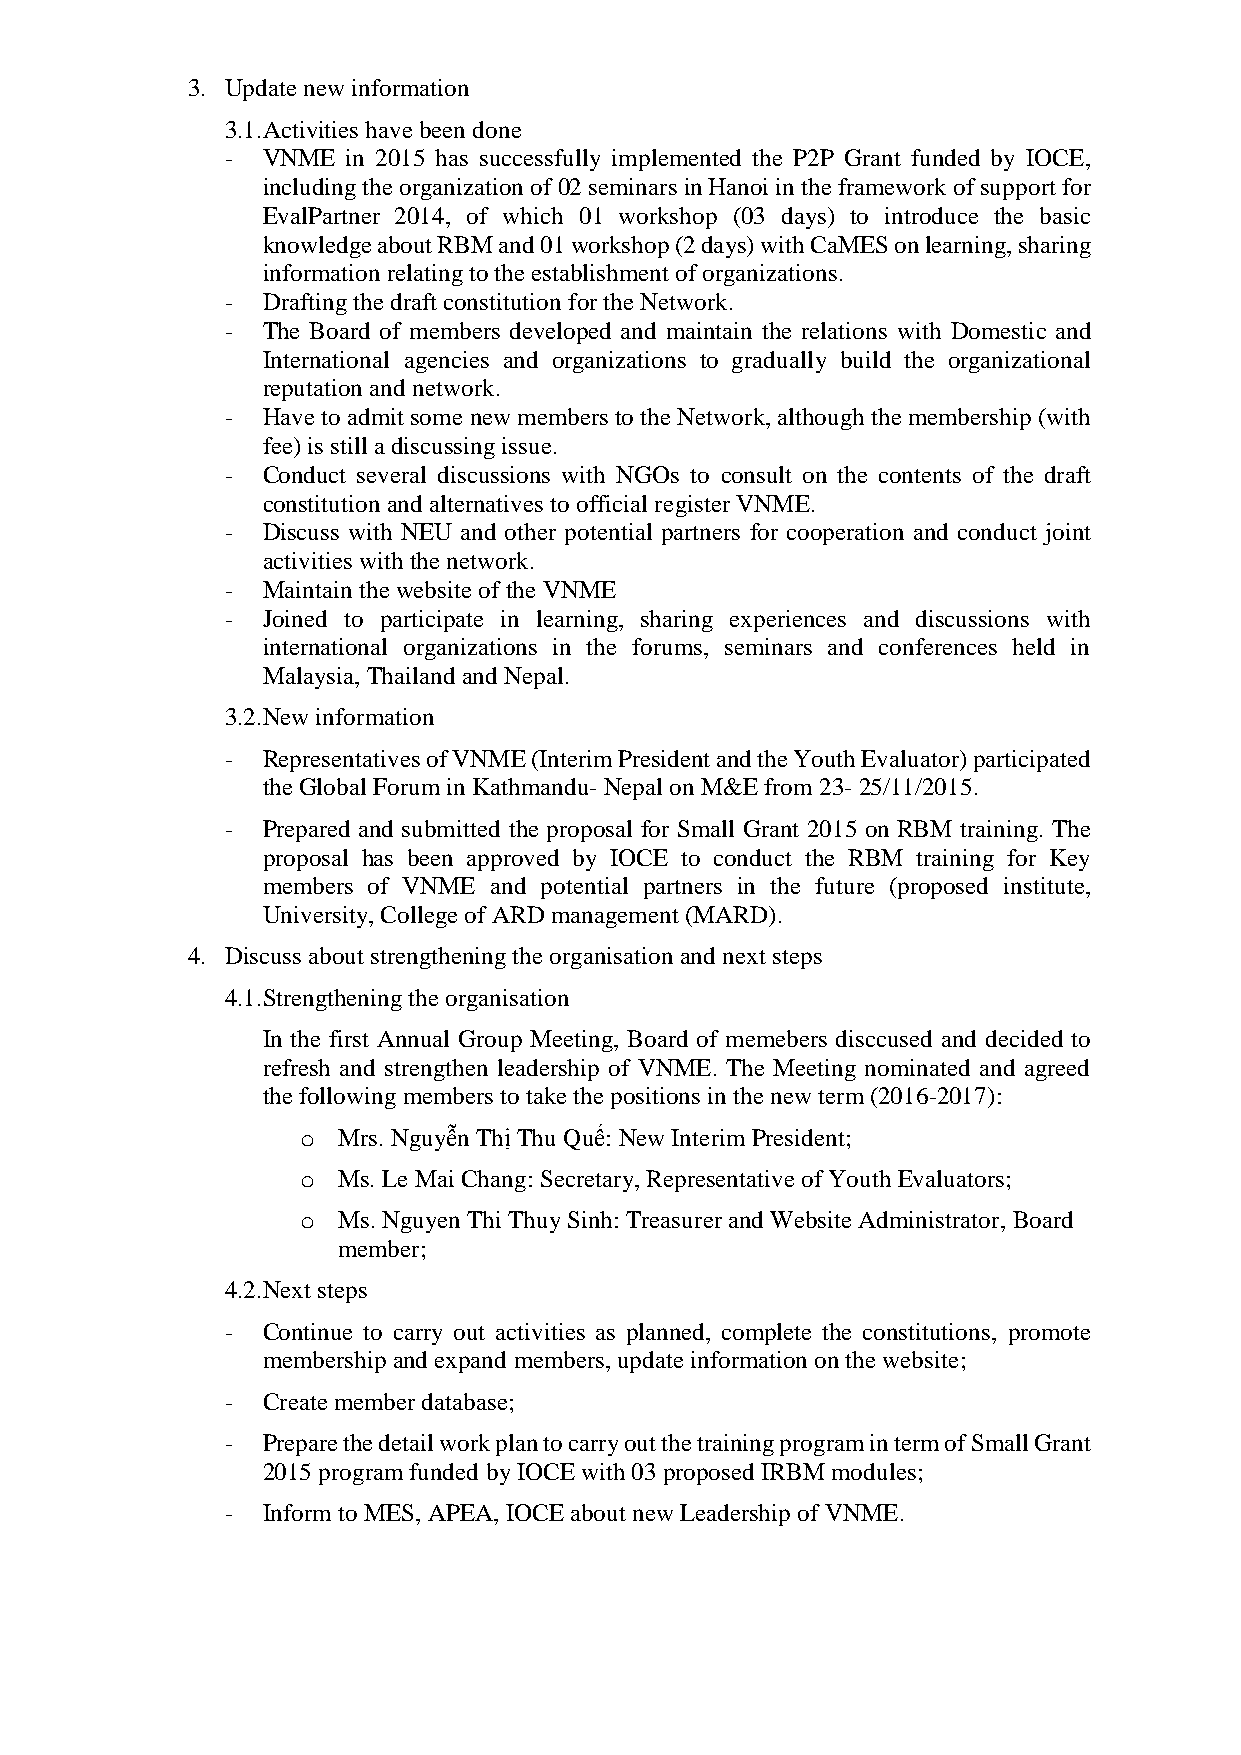
3. Update new information
 3.1.Activities have been done
 - VNME  in 2015 has successfully implemented the P2P Grant funded by IOCE,
 including the organization of 02 seminars in Hanoi in the framework of support for
 EvalPartner 2014, of which 01 workshop (03 days) to introduce the basic
 knowledge about RBM and 01 workshop (2 days) with CaMES on learning, sharing
 information relating to the establishment of organizations.
 - Drafting the draft constitution for the Network.
 - The Board of members developed and maintain the relations with Domestic and
 International agencies and organizations to gradually build the organizational
 reputation and network.
 - Have to admit some new members to the Network, although the membership (with
 fee) is still a discussing issue.
 - Conduct several discussions with NGOs to consult on the contents of the draft
 constitution and alternatives to official register VNME.
 - Discuss with NEU and other potential partners for cooperation and conduct joint
 activities with the network.
 - Maintain the website of the VNME
 - Joined to participate in learning, sharing experiences and discussions with
 international organizations in the forums, seminars and conferences held in
 Malaysia, Thailand and Nepal.
 3.2.New information
 - Representatives of VNME (Interim President and the Youth Evaluator) participated
 the Global Forum in Kathmandu- Nepal on M&E from 23- 25/11/2015.
 - Prepared and submitted the proposal for Small Grant 2015 on RBM training. The
 proposal has been approved by IOCE to conduct the RBM training for Key
 members of VNME and potential partners in the future (proposed institute,
 University, College of ARD management (MARD).
 4. Discuss about strengthening the organisation and next steps
 4.1.Strengthening the organisation
 In the first Annual Group Meeting, Board of memebers disccused and decided to
 refresh and strengthen leadership of VNME. The Meeting nominated and agreed
 the following members to take the positions in the new term (2016-2017):
 o Mrs. Nguyễn Thị Thu Quế: New Interim President;
 o Ms. Le Mai Chang: Secretary, Representative of Youth Evaluators;
 o Ms. Nguyen Thi Thuy Sinh: Treasurer and Website Administrator, Board
 member;
 4.2.Next steps
 - Continue to carry out activities as planned, complete the constitutions, promote
 membership and expand members, update information on the website;
 - Create member database;
 - Prepare the detail work plan to carry out the training program in term of Small Grant
 2015 program funded by IOCE with 03 proposed IRBM modules;
 - Inform to MES, APEA, IOCE about new Leadership of VNME.